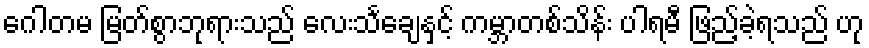
ဂေါတမ မြတ်စွာဘုရားသည် လေးသင်္ချေနှင့် ကမ္ဘာတစ်သိန်း ပါရမီ ဖြည့်ခဲ့ရသည် ဟု